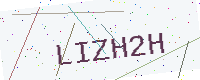
Text: LIZH2H